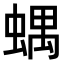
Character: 𧍪